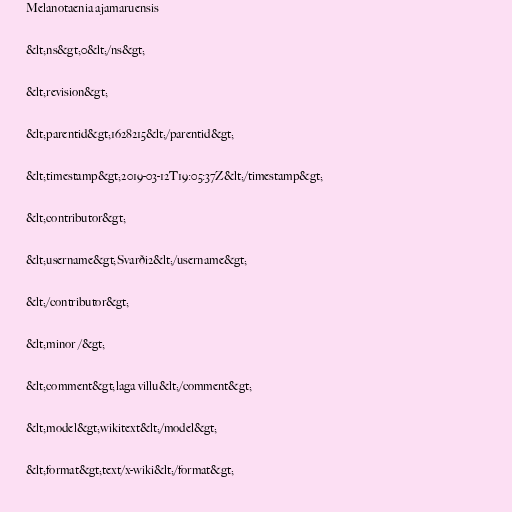
Melanotaenia ajamaruensis

&lt;ns&gt;0&lt;/ns&gt;

&lt;revision&gt;

&lt;parentid&gt;1628215&lt;/parentid&gt;

&lt;timestamp&gt;2019-03-12T19:05:37Z&lt;/timestamp&gt;

&lt;contributor&gt;

&lt;username&gt;Svarði2&lt;/username&gt;

&lt;/contributor&gt;

&lt;minor /&gt;

&lt;comment&gt;laga villu&lt;/comment&gt;

&lt;model&gt;wikitext&lt;/model&gt;

&lt;format&gt;text/x-wiki&lt;/format&gt;